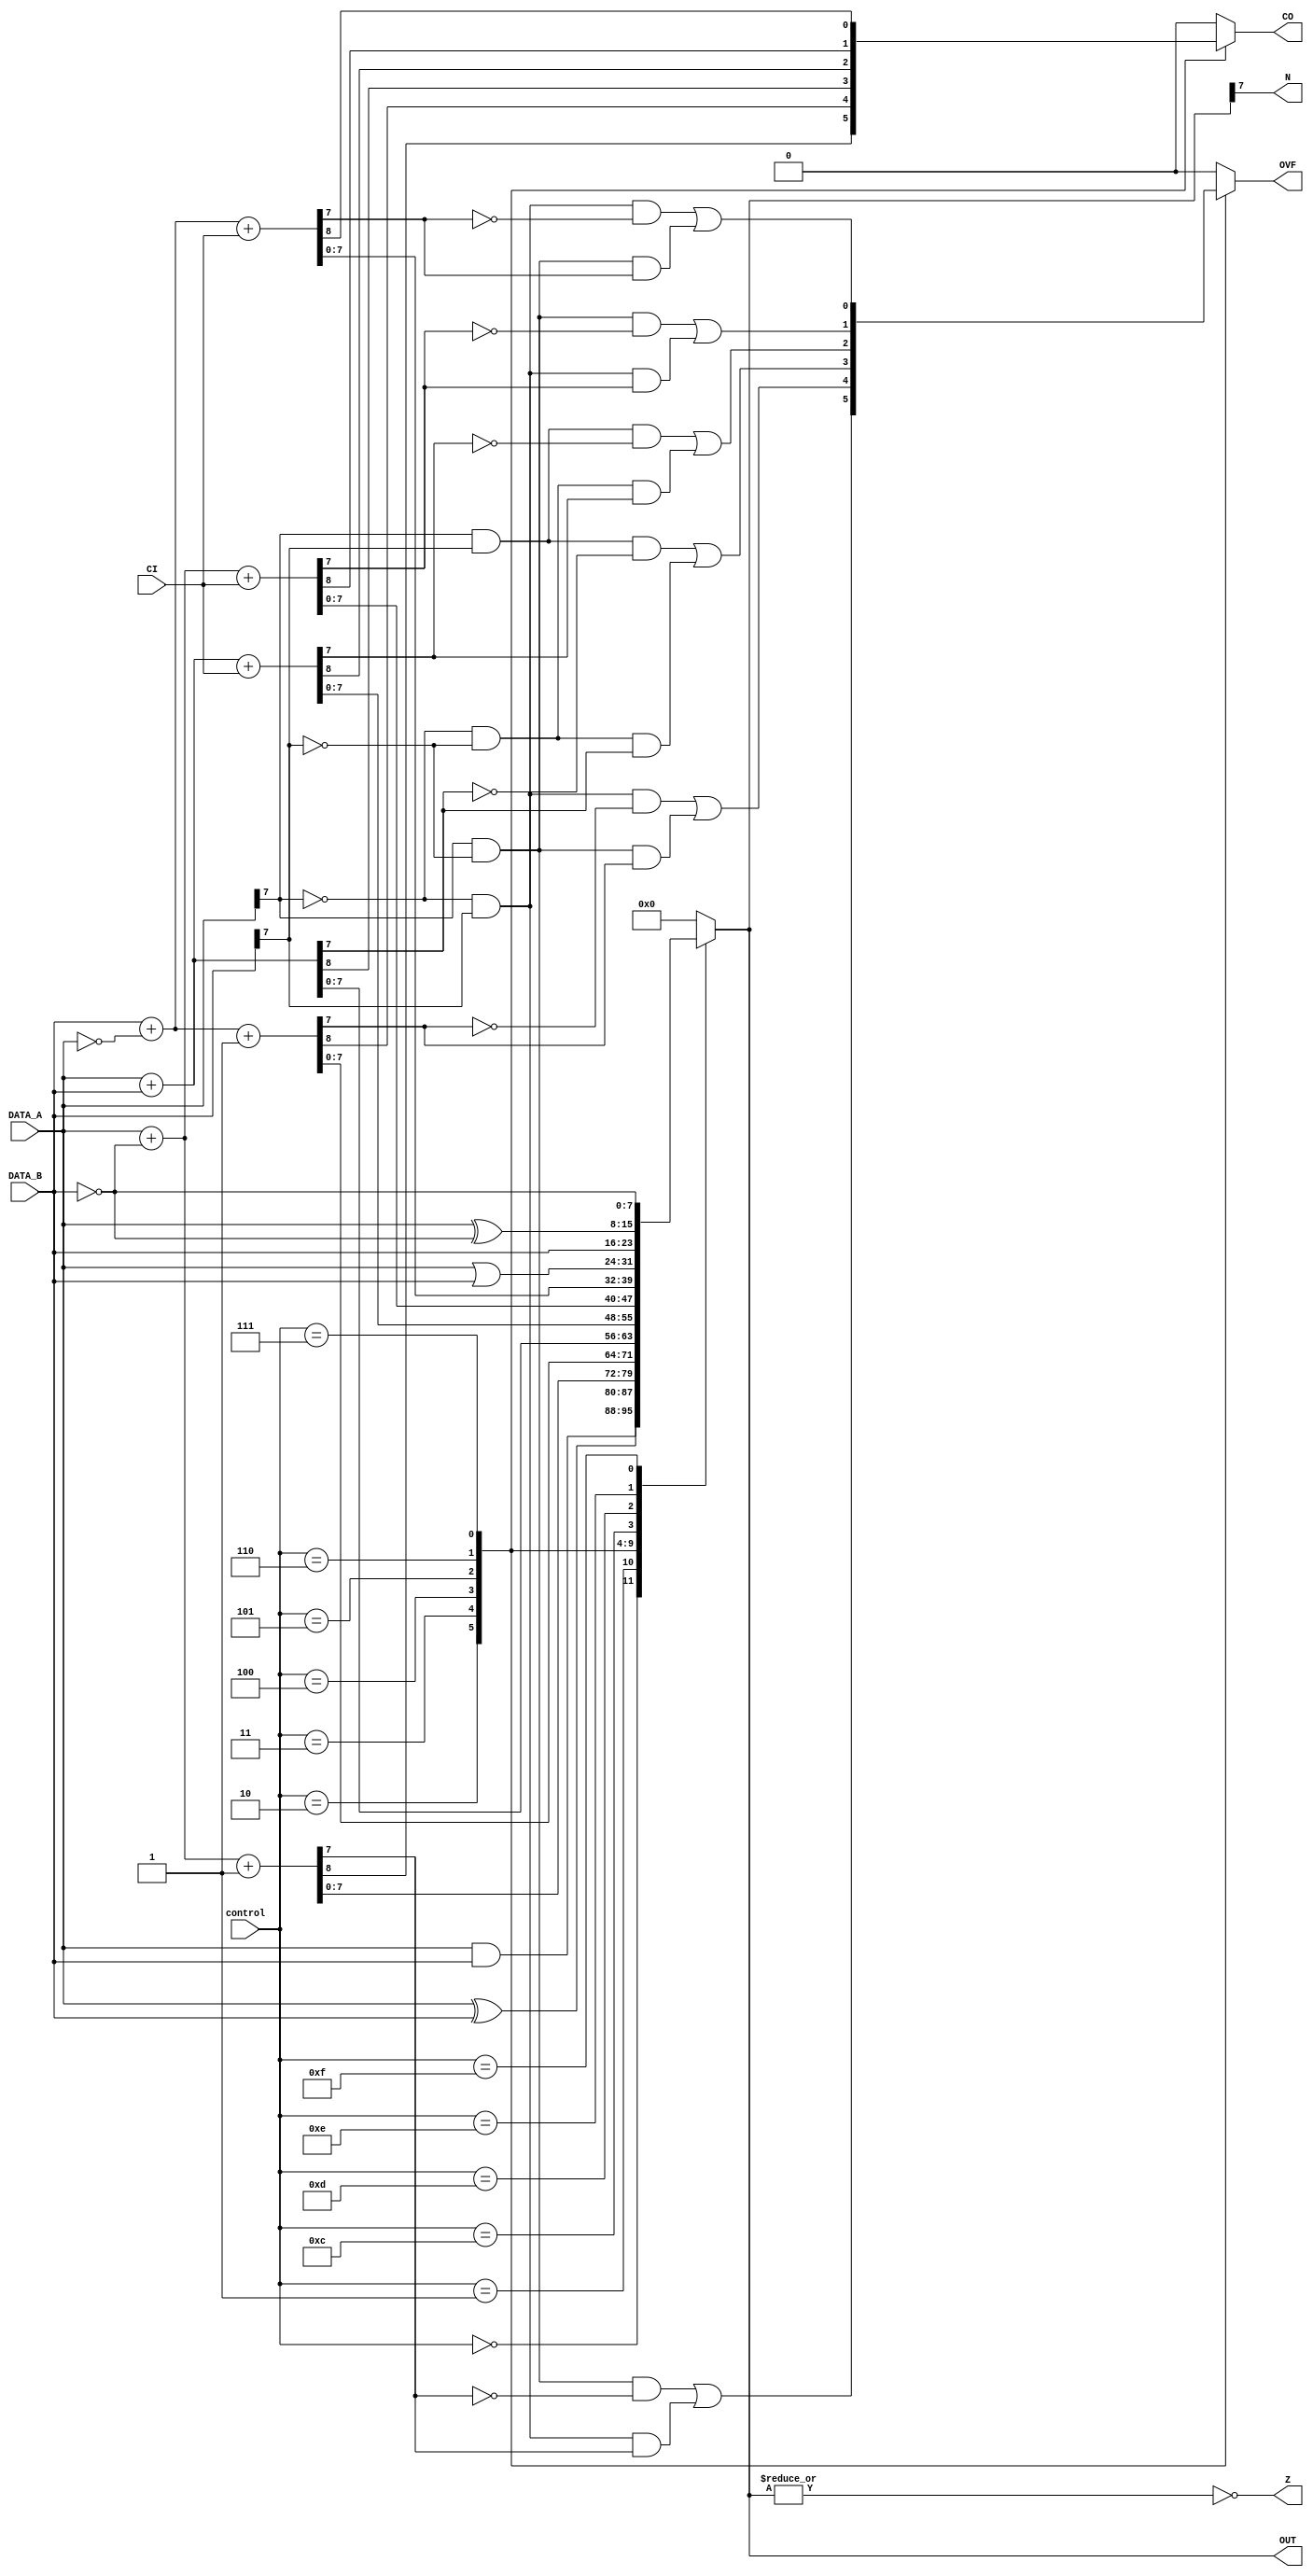
module ALU #(parameter WIDTH=8)
    (
	  input [3:0] control,
	  input CI,
	  input [WIDTH-1:0] DATA_A,
	  input [WIDTH-1:0] DATA_B,
      output reg [WIDTH-1:0] OUT,
	  output reg CO,
	  output reg OVF,
	  output N, Z
    );
localparam AND=4'b0000,
		  EXOR=4'b0001,
		  SubtractionAB=4'b0010,
		  SubtractionBA=4'b0011,
		  Addition=4'b0100,
		  Addition_Carry=4'b0101,
		  SubtractionAB_Carry=4'b0110,
		  SubtractionBA_Carry=4'b0111,
		  ORR=4'b1100,
		  Move=4'b1101,
		  Bit_Clear=4'b1110,
		  Move_Not=4'b1111;

// Assign the zero and negative flasg here since it is very simple
assign N = OUT[WIDTH-1];
assign Z = ~(|OUT);
	 
always@(*) begin
	case(control)
		AND:begin
			OUT = DATA_A & DATA_B;
			CO = 1'b0;
			OVF = 1'b0;
		end
		EXOR:begin
			OUT = DATA_A ^ DATA_B;
			CO = 1'b0;
			OVF = 1'b0;
		end
		SubtractionAB:begin
			{CO,OUT} =  DATA_A +  $unsigned(~DATA_B) +  1'b1;
			OVF = (DATA_A[WIDTH-1] & ~DATA_B[WIDTH-1] & ~OUT[WIDTH-1]) | (~DATA_A[WIDTH-1] & DATA_B[WIDTH-1] & OUT[WIDTH-1]);
		end
		SubtractionBA:begin
			{CO,OUT} =  DATA_B +  $unsigned(~DATA_A) +  1'b1;
			OVF = (DATA_B[WIDTH-1] & ~DATA_A[WIDTH-1] & ~OUT[WIDTH-1]) | (~DATA_B[WIDTH-1] & DATA_A[WIDTH-1] & OUT[WIDTH-1]);
		end
		Addition:begin
			{CO,OUT} = DATA_A + DATA_B;
			OVF = (DATA_A[WIDTH-1] & DATA_B[WIDTH-1] & ~OUT[WIDTH-1]) | (~DATA_A[WIDTH-1] & ~DATA_B[WIDTH-1] & OUT[WIDTH-1]);
		end
		Addition_Carry:begin
			{CO,OUT} = DATA_A + DATA_B + CI;
			OVF = (DATA_A[WIDTH-1] & DATA_B[WIDTH-1] & ~OUT[WIDTH-1]) | (~DATA_A[WIDTH-1] & ~DATA_B[WIDTH-1] & OUT[WIDTH-1]);
		end
		SubtractionAB_Carry:begin
			{CO,OUT} =  DATA_A +  $unsigned(~DATA_B) + CI;
			OVF = (DATA_A[WIDTH-1] & ~DATA_B[WIDTH-1] & ~OUT[WIDTH-1]) | (~DATA_A[WIDTH-1] & DATA_B[WIDTH-1] & OUT[WIDTH-1]);
		end
		SubtractionBA_Carry:begin
			{CO,OUT} =  DATA_B +  $unsigned(~DATA_A) + CI;
			OVF = (DATA_B[WIDTH-1] & ~DATA_A[WIDTH-1] & ~OUT[WIDTH-1]) | (~DATA_B[WIDTH-1] & DATA_A[WIDTH-1] & OUT[WIDTH-1]);
		end
		ORR:begin
			OUT = DATA_A | DATA_B;
			CO = 1'b0;
			OVF = 1'b0;
		end
		Move:begin
			OUT = DATA_B;
			CO = 1'b0;
			OVF = 1'b0;
		end
		Bit_Clear:begin
			OUT = DATA_A ^ ~DATA_B;
			CO = 1'b0;
			OVF = 1'b0;
		end
		Move_Not:begin
			OUT = ~DATA_B;
			CO = 1'b0;
			OVF = 1'b0;
		end
		default:begin
		OUT = {WIDTH{1'b0}};
		CO = 1'b0;
		OVF = 1'b0;
		end
	endcase
end
	 
endmodule